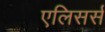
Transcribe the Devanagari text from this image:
एलिसर्स